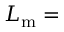
L _ { \mathrm { m } } =